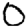
Digit: 0